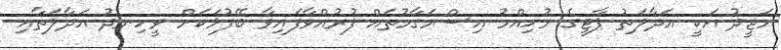
މަޖީދު އަކީ އަދާލަތު ޕާޓީގެ މުހިއްމު އިސްމަގާމުތައް ފުރުއްވާފައިވާ ބޭފުޅަކަށް ވީހިނދު އަދާލަތާއި